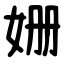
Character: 姗